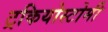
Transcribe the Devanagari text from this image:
ट्रकियोस्टोमी